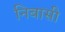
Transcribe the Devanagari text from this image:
निबासी